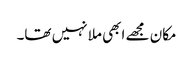
مکان مجھے ابھی ملا نہیں تھا۔